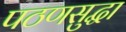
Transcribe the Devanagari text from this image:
पठणसुद्धा